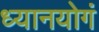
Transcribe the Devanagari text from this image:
ध्यानयोगं